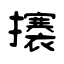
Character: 攐